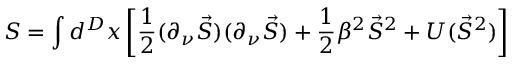
S = \int d ^ { D } x \left[ \frac 1 2 ( \partial _ { \nu } \vec { S } ) ( \partial _ { \nu } \vec { S } ) + \frac 1 2 \beta ^ { 2 } \vec { S } ^ { 2 } + U ( \vec { S } ^ { 2 } ) \right]